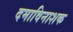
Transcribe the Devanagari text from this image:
दमाविनाशक